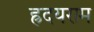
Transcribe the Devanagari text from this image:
ह्रदयराम